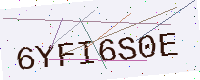
Text: 6YFI6S0E